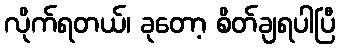
လိုက်ရတယ်၊ ခုတော့ စိတ်ချရပါပြီ